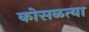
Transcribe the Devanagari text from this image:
कोसळत्या